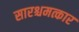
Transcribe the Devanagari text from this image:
सारश्चमत्कार